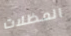
المظلات